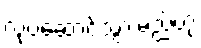
လုပ်ဆောင်သွားမည်ဟု